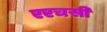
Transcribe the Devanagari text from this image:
एएचसी